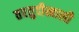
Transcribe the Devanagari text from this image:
तरतुदीखाली